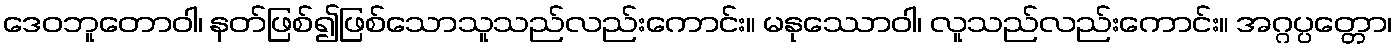
ဒေဝဘူတောဝါ၊ နတ်ဖြစ်၍ဖြစ်သောသူသည်လည်းကောင်း။ မနုဿောဝါ၊ လူသည်လည်းကောင်း။ အဂ္ဂပ္ပတ္တော၊